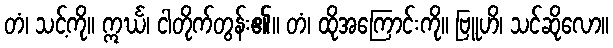
တံ၊ သင့်ကို။ ဣင်္ဃ၊ ငါတိုက်တွန်း၏။ တံ၊ ထိုအကြောင်းကို။ ဗြူဟိ၊ သင်ဆိုလော။